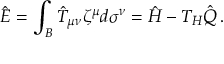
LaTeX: \hat { E } = \int _ { \cal B } \hat { T } _ { \mu \nu } \zeta ^ { \mu } d \sigma ^ { \nu } = \hat { H } - T _ { H } \hat { Q } \, .